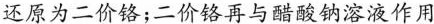
还原为二价铬；二价铬再与醋酸钠溶液作用